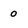
Character: 0